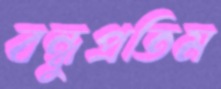
বন্ধুপ্রতিম